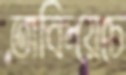
তাকিয়েচে